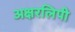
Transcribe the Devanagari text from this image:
अक्षरलिपी